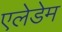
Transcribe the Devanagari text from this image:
एलेडेम